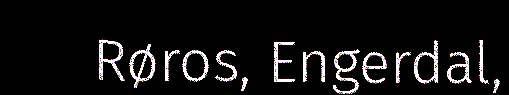
Røros, Engerdal,